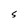
Character: S